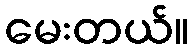
မေးတယ်။